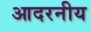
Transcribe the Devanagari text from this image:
आदरनीय